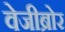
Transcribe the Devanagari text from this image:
वेजीब्रोर